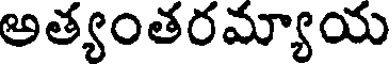
అత్యంతరమ్యాయ